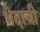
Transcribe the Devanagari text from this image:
भेदाची